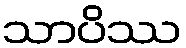
သာပိဿ